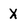
Character: X